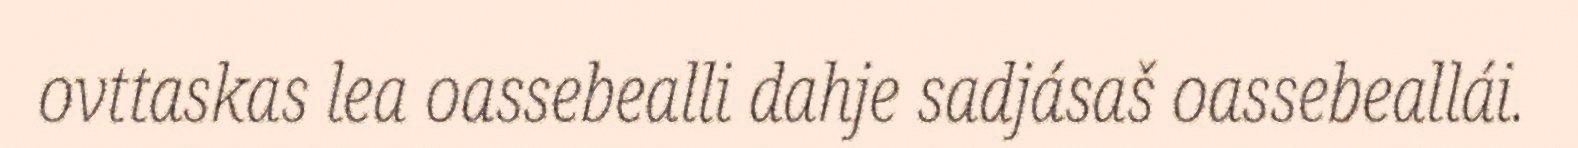
ovttaskas lea oassebealli dahje sadjásaš oassebeallái.